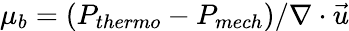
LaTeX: \mu_{b}=(P_{thermo}-P_{mech})/{\nabla\cdot\vec{u}}